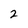
Character: 2